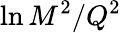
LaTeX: \ln M^{2}/Q^{2}